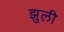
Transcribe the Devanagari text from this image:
झुली